Lunatic asylums United Provinces 1899-1908 - 1899-1908
Year: 1899
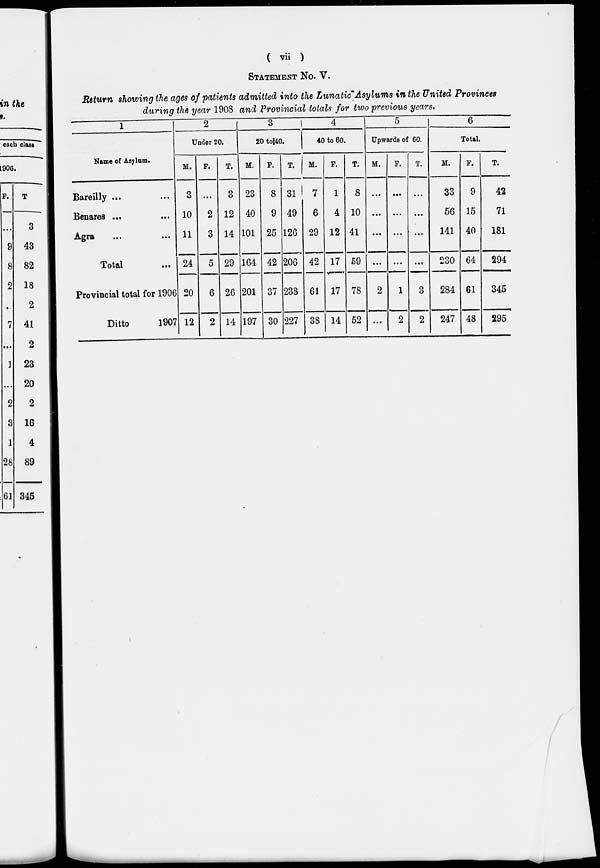
( vii )
STATEMENT No. V.
Return showing the ages of patients admitted into the Lunatic Asylums in the United Provinces
during the year 1908 and Provincial totals for two previous years.
1
Name of Asylum.
Bareilly ... ...
Benares
...
...
Agra
...
...
Total ...
Provincial total for 1906
Ditto
1907
2
Under 20.
M.
3
10
11
24
20
12
F.
...
2
3
5
6
2
T.
3
12
14
29
26
14
3
20 to 40.
M.
23
40
101
164
201
197
F.
8
9
25
42
37
30
T.
31
49
126
206
238
227
4
40 to 60
M.
7
6
29
42
61
38
F.
1
4
12
17
17
14
T.
8
10
41
59
78
52
5
Upwards of 60.
M.
...
...
...
...
2
...
F.
...
...
...
...
1
2
T.
...
...
...
...
3
2
6
Total.
M.
33
56
141
230
284
247
F.
9
15
40
64
61
48
T.
42
71
181
294
345
295